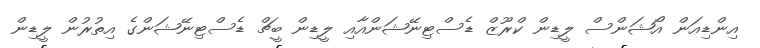
އިންޑިއަން އޯޝަންސް ލީޑިން ކްރޫޒް ޑެސްޓިނޭޝަންއާއި ލީޑިން ބީޗް ޑެސްޓިނޭޝަންގެ އިތުރުން ލީޑިން